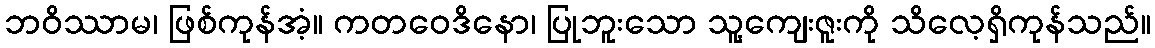
ဘဝိဿာမ၊ ဖြစ်ကုန်အံ့။ ကတဝေဒိနော၊ ပြုဘူးသော သူ့ကျေးဇူးကို သိလေ့ရှိကုန်သည်။